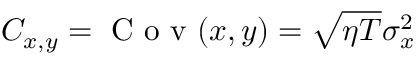
C _ { x , y } = \mathrm { ~ C ~ o ~ v ~ } ( x , y ) = \sqrt { \eta T } \sigma _ { x } ^ { 2 }